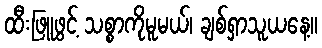
ထီးဖြူဖွင့် သစ္စာကိုမူမယ်၊ ချစ်ရှာသူယနေ့။